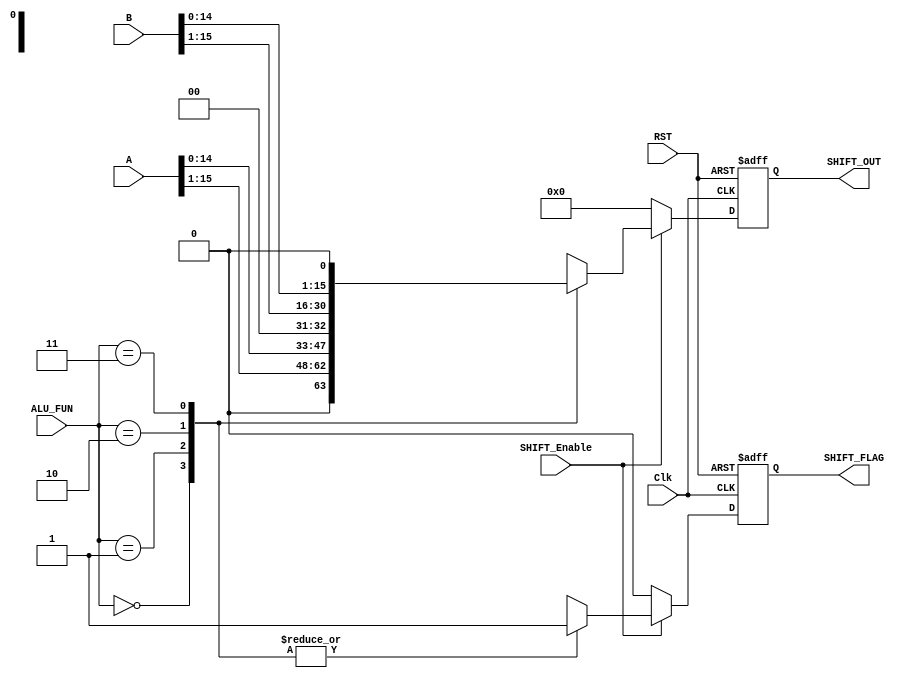
module SHIFT_UNIT  
   #(parameter IN_DATA_WIDTH= 16,
              OUT_DATA_WIDTH=16
  )
  (
  input wire      [IN_DATA_WIDTH-1:0]        A,
  input wire      [IN_DATA_WIDTH-1:0]        B,
  input wire      [1:0]                      ALU_FUN,
  input wire                                 Clk,
  input wire                                 RST,
  input wire                                 SHIFT_Enable,
  output reg     [OUT_DATA_WIDTH-1:0]        SHIFT_OUT,
  output reg                                 SHIFT_FLAG
  );
  reg [OUT_DATA_WIDTH-1:0]        SHIFT_OUT_SIGNAL;
  reg                             SHIFT_FLAG_SIGNAL;
  //sequntial always block
  always@(posedge Clk or negedge RST)
  begin
    if(!RST)
      begin
        SHIFT_OUT<=16'b0;
        SHIFT_FLAG<=1'b0;
      end
    else
      begin
      SHIFT_OUT<=SHIFT_OUT_SIGNAL;
      SHIFT_FLAG<=SHIFT_FLAG_SIGNAL;
      end
  end
  always@(*)
  begin 
    SHIFT_OUT_SIGNAL = 1'b0 ;
    SHIFT_FLAG_SIGNAL = 1'b0 ;
	if(SHIFT_Enable)
      case (ALU_FUN)
      2'b00 : begin
              SHIFT_OUT_SIGNAL = A >> 1  ;
              SHIFT_FLAG_SIGNAL = 1'b1 ;              
		      end
      2'b01 : begin
              SHIFT_OUT_SIGNAL = A << 1 ;
              SHIFT_FLAG_SIGNAL = 1'b1 ;           
		      end
      2'b10 : begin
              SHIFT_OUT_SIGNAL = B >> 1 ;
              SHIFT_FLAG_SIGNAL = 1'b1 ;           
		      end
      2'b11 : begin
              SHIFT_OUT_SIGNAL = B << 1 ;
              SHIFT_FLAG_SIGNAL = 1'b1 ;           
		      end
      endcase
	else
	 begin
      SHIFT_OUT_SIGNAL = 1'b0 ;
      SHIFT_FLAG_SIGNAL = 1'b0 ;
     end
 end
 
 endmodule